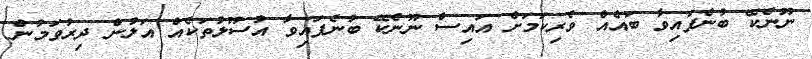
ނޫނެކޭ ބުނެފައިވާ ބައެއް ވެރިކަމަށް އައިސް ނޫނެކޭ ބުނެފައިވާ އުސޫލުތަކެއް އަލުން ދިރުވަމުން